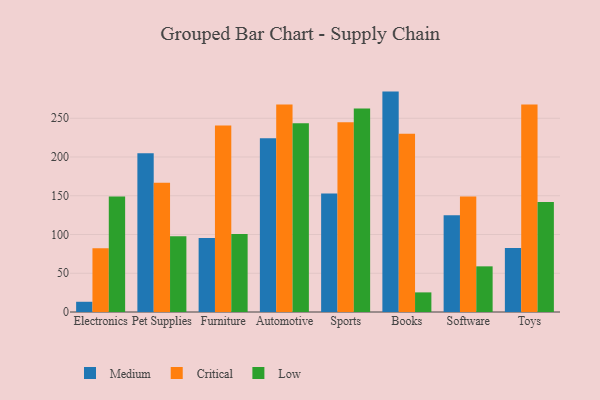
{"axis": {"x": "Category", "y": "Bounce Rate (%)"}, "legend": ["Critical", "Low", "Medium"], "data": [{"x": "Electronics", "y": 13.2, "type": "Medium"}, {"x": "Electronics", "y": 82.4, "type": "Critical"}, {"x": "Electronics", "y": 149.0, "type": "Low"}, {"x": "Pet Supplies", "y": 204.7, "type": "Medium"}, {"x": "Pet Supplies", "y": 166.8, "type": "Critical"}, {"x": "Pet Supplies", "y": 97.9, "type": "Low"}, {"x": "Furniture", "y": 95.5, "type": "Medium"}, {"x": "Furniture", "y": 240.7, "type": "Critical"}, {"x": "Furniture", "y": 100.6, "type": "Low"}, {"x": "Automotive", "y": 224.1, "type": "Medium"}, {"x": "Automotive", "y": 267.9, "type": "Critical"}, {"x": "Automotive", "y": 243.5, "type": "Low"}, {"x": "Sports", "y": 152.9, "type": "Medium"}, {"x": "Sports", "y": 244.7, "type": "Critical"}, {"x": "Sports", "y": 262.6, "type": "Low"}, {"x": "Books", "y": 284.4, "type": "Medium"}, {"x": "Books", "y": 230.0, "type": "Critical"}, {"x": "Books", "y": 25.3, "type": "Low"}, {"x": "Software", "y": 124.9, "type": "Medium"}, {"x": "Software", "y": 149.2, "type": "Critical"}, {"x": "Software", "y": 58.9, "type": "Low"}, {"x": "Toys", "y": 82.7, "type": "Medium"}, {"x": "Toys", "y": 267.6, "type": "Critical"}, {"x": "Toys", "y": 142.0, "type": "Low"}]}